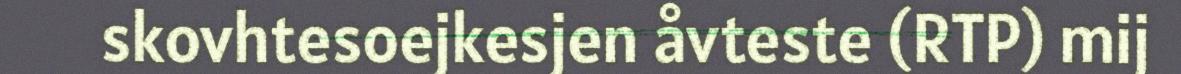
skovhtesoejkesjen åvteste (RTP) mij